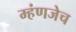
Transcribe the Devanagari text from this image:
म्हंणजेच